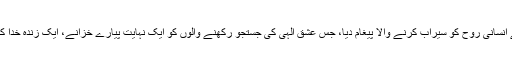
جس نے انسانی روح کو سیراب کرنے والا پیغام دیا، جس عشقِ الٰہی کی جستجو رکھنے والوں کو ایک نہایت پیارے خزانے، ایک زندہ خدا کا پتہ دیا۔